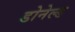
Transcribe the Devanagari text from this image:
डोनेल्ड